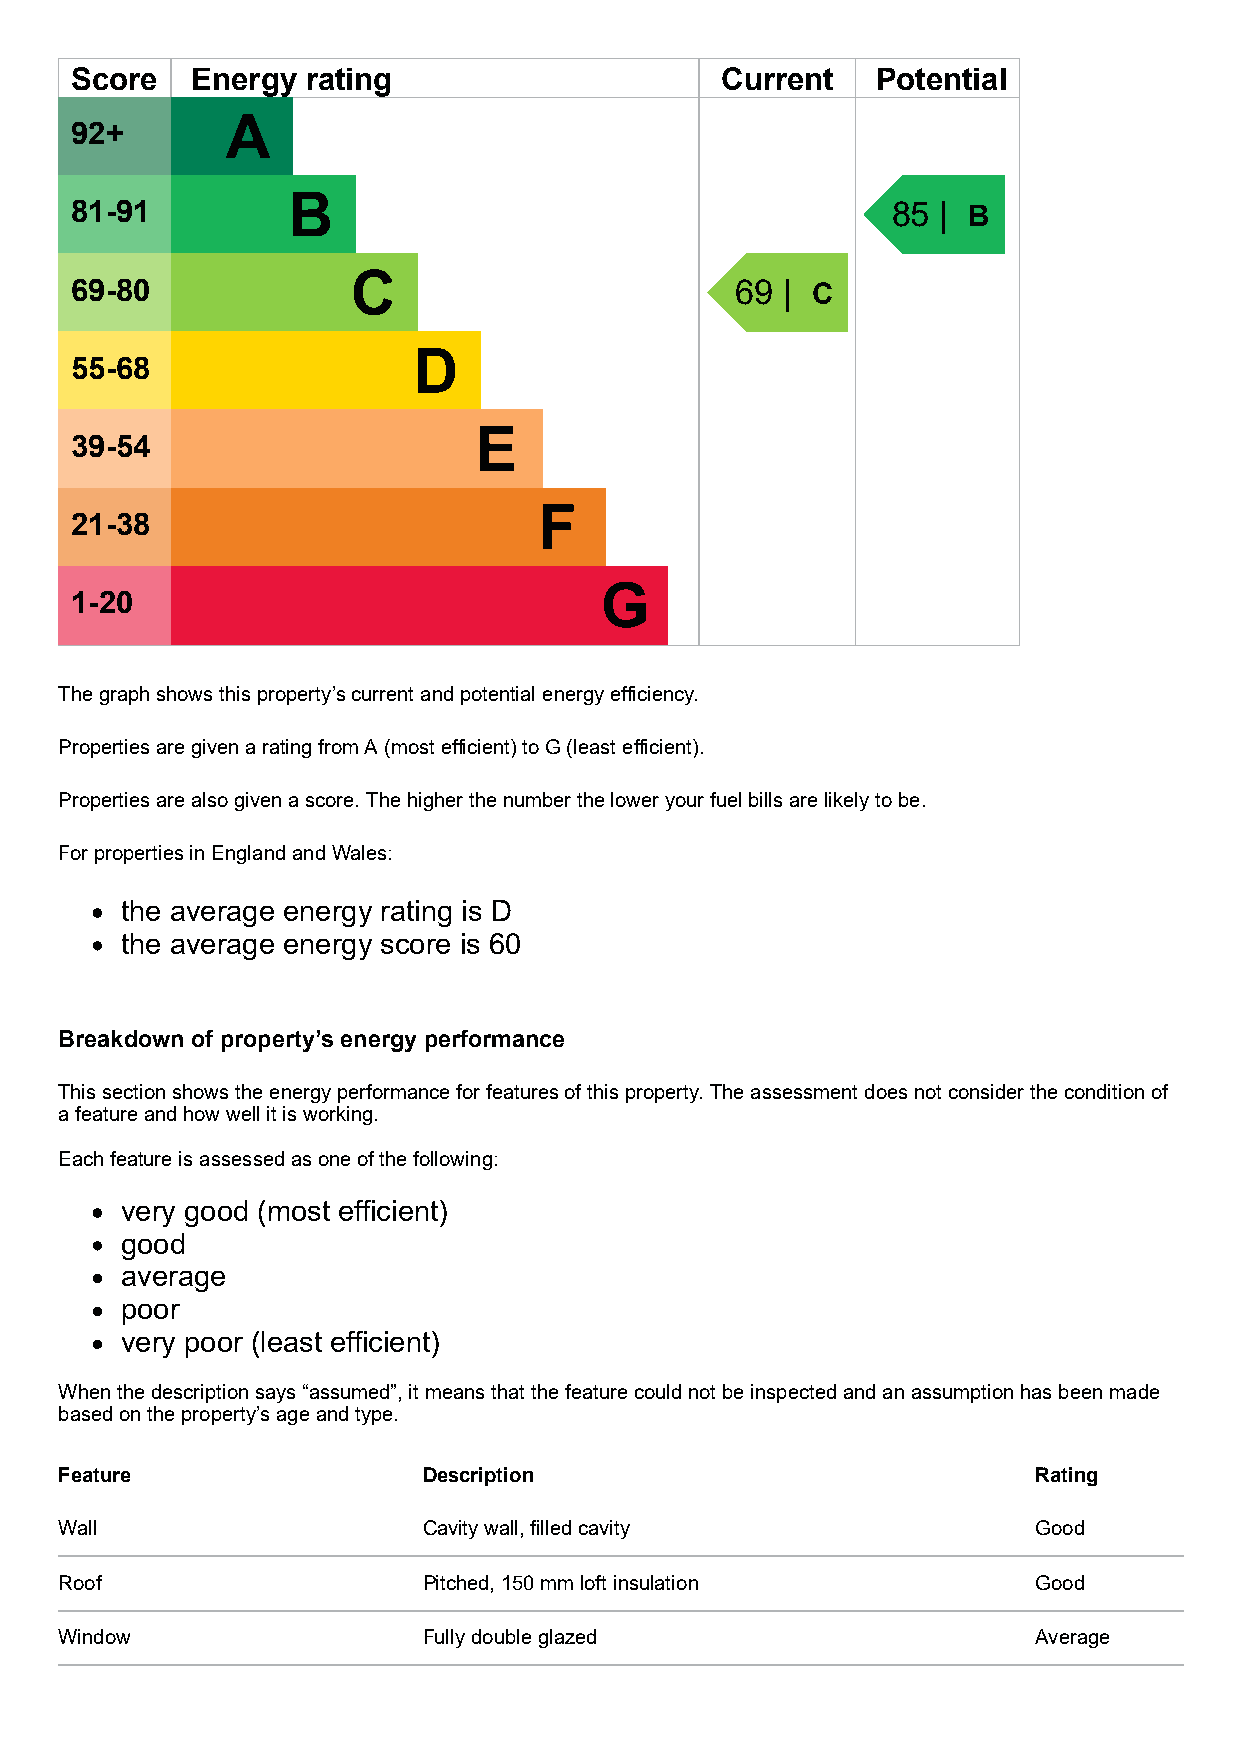
Score   Energy rating                      Current   Potential
 A
 92+
 B
 81-91                                                 85 | B
 C
 69-80                                       69 | C
 D
 55-68
 E
 39-54
 F
 21-38
 G
 1-20
 The graph shows this property’s current and potential energy efficiency.
 Properties are given a rating from A (most efficient) to G (least efficient).
 Properties are also given a score. The higher the number the lower your fuel bills are likely to be.
 For properties in England and Wales:
 the average energy rating is D
 the average energy score is 60
 Breakdown of property’s energy performance
 This section shows the energy performance for features of this property. The assessment does not consider the condition of
 a feature and how well it is working.
 Each feature is assessed as one of the following:
 very good (most efficient)
 good
 average
 poor
 very poor (least efficient)
 When the description says “assumed”, it means that the feature could not be inspected and an assumption has been made
 based on the property’s age and type.
 Feature                 Description                              Rating
 Wall                    Cavity wall, filled cavity               Good
 Roof                    Pitched, 150 mm loft insulation          Good
 Window                  Fully double glazed                      Average